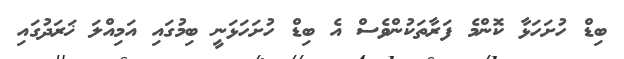
ބިޑް ހުށަހަޅާ ކޮންމެ ފަރާތަކުންވެސް އެ ބިޑް ހުށަހަޅަނީ ބިމުގައި އަމިއްލަ ޚަރަދުގައި